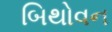
બિથોવન